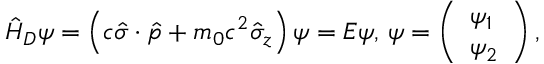
\boldsymbol { \hat { H } } _ { D } \boldsymbol { \psi } = \left( c \boldsymbol { \hat { \sigma } } \cdot \boldsymbol { \hat { p } } + m _ { 0 } c ^ { 2 } { \hat { \sigma } _ { z } } \right) \boldsymbol { \psi } = E \boldsymbol { \psi } , \, \boldsymbol { \psi } = \left( \begin{array} { l } { \psi _ { 1 } } \\ { \psi _ { 2 } } \end{array} \right) ,